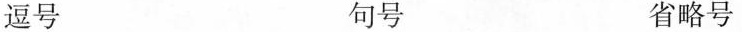
逗号 句号 省略号